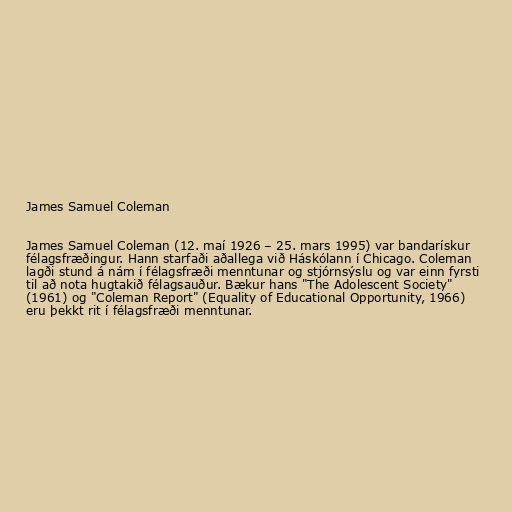
James Samuel Coleman

James Samuel Coleman (12. maí 1926 – 25. mars 1995) var bandarískur
félagsfræðingur. Hann starfaði aðallega við Háskólann í Chicago. Coleman
lagði stund á nám í félagsfræði menntunar og stjórnsýslu og var einn fyrsti
til að nota hugtakið félagsauður. Bækur hans "The Adolescent Society"
(1961) og "Coleman Report" (Equality of Educational Opportunity, 1966)
eru þekkt rit í félagsfræði menntunar.